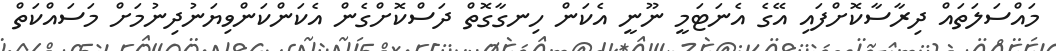
މައްސަލަތައް ދިރާސާކޮށްފައި އޭގެ އެނަޓަމީ ނޫނީ އެކަން ހިނގާގޮތް ދަސްކޮށްގެން އެކަންކަންވިޔަނުދިނުމަށް މަސައްކަތް